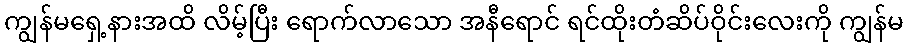
ကျွန်မရှေ့နားအထိ လိမ့်ပြီး ရောက်လာသော အနီရောင် ရင်ထိုးတံဆိပ်ဝိုင်းလေးကို ကျွန်မ